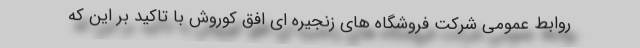
روابط عمومی شرکت فروشگاه های زنجیره ای افق کوروش با تاکید بر این که